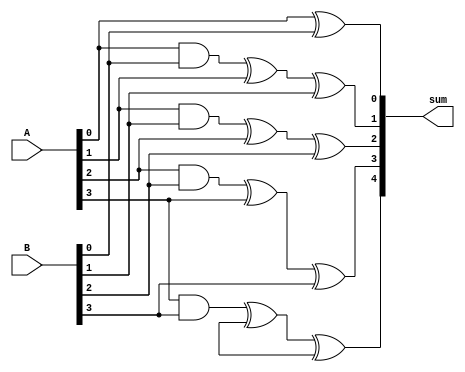
module carry_select_adder (
    input [3:0] A,
    input [3:0] B,
    output [4:0] sum
);

wire [4:0] carry_chain_0, carry_chain_1;

genvar i;

generate
    for (i = 0; i < 4; i = i + 1) begin
        assign carry_chain_0[i+1] = A[i] & B[i];
        assign carry_chain_1[i+1] = A[i] | B[i];
    end
endgenerate

assign sum[0] = A[0] ^ B[0];
assign sum[1] = carry_chain_0[1] ^ A[1] ^ B[1];
assign sum[2] = carry_chain_0[2] ^ A[2] ^ B[2];
assign sum[3] = carry_chain_0[3] ^ A[3] ^ B[3];
assign sum[4] = carry_chain_0[4] ^ A[4] ^ B[4];

endmodule